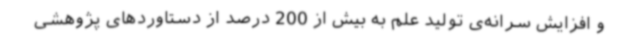
و افزایش سرانه‌ی تولید علم به بیش از 200 درصد از دستاوردهای پژوهشی